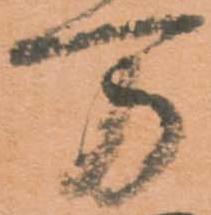
万